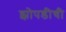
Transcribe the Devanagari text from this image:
झोपडीची